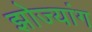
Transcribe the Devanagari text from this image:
झोज्यांग